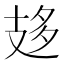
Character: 𢻈